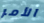
الأمر